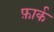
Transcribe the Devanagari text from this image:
फ़ार्क